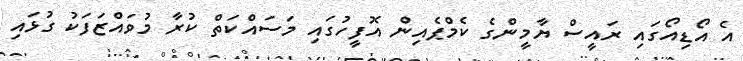
އެ އޯޑިއޯގައި ރައީސް ޔާމީންގެ ކެމްޕެއިން އޮފީހުގައި މަސައްކަތް ކުރާ މުވައްޒަފަކު ގުޅައި